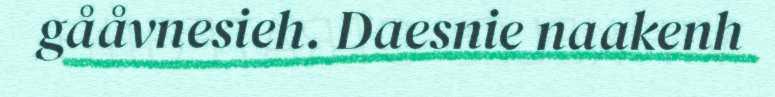
gååvnesieh. Daesnie naakenh